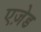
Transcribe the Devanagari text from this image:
एज़ेड